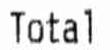
TOTAL